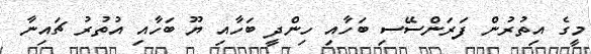
މީގެ އިތުރުން ފަރަންސޭސި ބަހާއި ހިންދީ ބަހާއި ޔޫ ބަހާއި އުތުރު ޗައިނާ